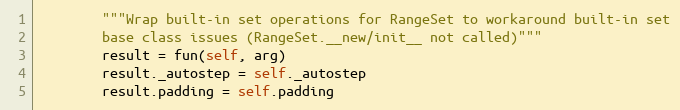
Language: Python
        """Wrap built-in set operations for RangeSet to workaround built-in set
        base class issues (RangeSet.__new/init__ not called)"""
        result = fun(self, arg)
        result._autostep = self._autostep
        result.padding = self.padding